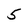
Character: 5